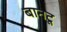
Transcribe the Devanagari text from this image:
बानटू